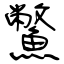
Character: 鱉